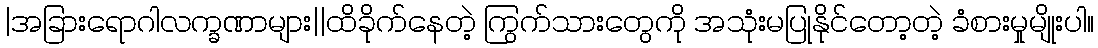
|အခြားရောဂါလက္ခဏာများ||ထိခိုက်နေတဲ့ ကြွက်သားတွေကို အသုံးမပြုနိုင်တော့တဲ့ ခံစားမှုမျိုးပါ။